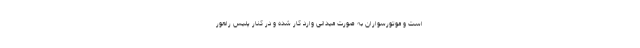
است و موتورسواران به صورت میدانی وارد کار شده و در کنار پلیس راهور